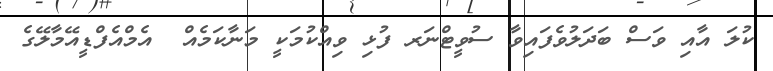
ކުލަ އާއި ވަސް ބަދަލުވެފައިވާ ސުވީޓްނަރ ފުޅި ވިއްކުމަކީ މަނާކަމެއް  އެމްއެފްޑީއޭމާލޭގެ